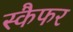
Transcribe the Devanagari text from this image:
स्कैफर